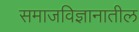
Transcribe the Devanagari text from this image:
समाजविज्ञानातील